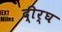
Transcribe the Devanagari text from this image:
दी्र्घ